Report on horse surra - Volume I
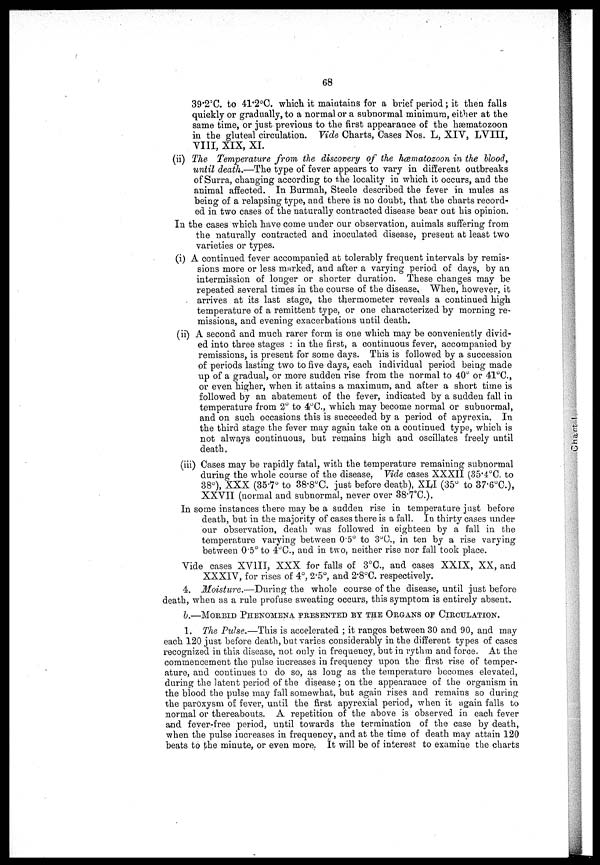
68
39.2°C. to 41.2°C. which it maintains for a brief period ; it then falls
quickly or gradually, to a normal or a subnormal minimum, either at the
same time, or just previous to the first appearance of the hæmatozoon
in the gluteal circulation. Vide Charts, Cases Nos. L, XIV, LVIII,
VIII, XIX, XL.
(ii) The Temperature from the discovery of the hæmatozoon in the blood,
until death.—The type of fever appears to vary in different outbreaks
of Surra, changing according to the locality in which it occurs, and the
animal affected. In Burmah, Steele described the fever in mules as
being of a relapsing type, and there is no doubt, that the charts record-
ed in two cases of the naturally contracted disease bear out his opinion.
In the cases which have come under our observation, animals suffering from
the naturally contracted and inoculated disease, present at least two
varieties or types.
(i) A continued fever accompanied at tolerably frequent intervals by remis-
sions more or less marked, and after a varying period of days, by an
intermission of longer or shorter duration. These changes may be
repeated several times in the course of the disease. When, however, it
arrives at its last stage, the thermometer reveals a continued high
temperature of a remittent type, or one characterised by morning re-
missions, and evening exacerbations until death.
(ii) A second and much rarer form is one which may be conveniently divid-
ed into three stages : in the first, a continuous fever, accompanied by
remissions, is present for some days. This is followed by a succession
of periods lasting two to five days, each individual period being made
up of a gradual, or more sudden rise from the normal to 40° or 41°C.,
or even higher, when it attains a maximum, and after a short time is
followed by an abatement of the fever, indicated by a sudden fall in
temperature from 2° to 4°C., which may become normal or subnormal,
and on such occasions this is succeeded by a period of apyrexia. In
the third stage the fever may again take on a continued type, which is
not always continuous, but remains high and oscillates freely until
death.
(iii) Cases may be rapidly fatal, with the temperature remaining subnormal
during the whole course of the disease, Vide cases XXXII (35.4°C. to
38°), XXX (35.7° to 38.8°C. just before death), XLI (35° to 37.6°C.),
XXVII (normal and subnormal, never over 38.7C.),
In some instances there may be a sudden rise in temperature just before
death, but in the majority of cases there is a fall. In thirty cases under
our observation, death was followed in eighteen by a fall in the
temperature varying between 05° to 3°C., in ten by a rise varying
between 0.5° to 4°C., and in two, neither rise nor fall took place.
Vide cases XVIII, XXX for falls of 3°C., and cases XXIX, XX, and
XXXIV, for rises of 4°, 2.5°, and 2.8°C. respectively.
4. Moisture.—During the whole course of the disease, until just before
death, when as a rule profuse sweating occurs, this symptom is entirely absent.
b.—MORBID PHENOMENA PRESENTED BY. THE ORGANS OP CIRCULATION.
1. The Pulse.—This is accelerated ; it ranges between 30 and 90, and may
each 120 just before death, but varies considerably in the different types of cases
recognized in this disease, not only in frequency, but in rythm and force. At the
commencement the pulse increases in frequency upon the first rise of temper-
ature, and continues to do so, as long as the temperature becomes elevated,
during the latent period of the disease ; on the appearance of the organism in
the blood the pulse may fall somewhat, but again rises and remains so during
the paroxysm of fever, until the first apyrexial period, when it again falls to
normal or thereabouts, A repetition of the above is observed in each fever
and fever-free period, until towards the termination of the case by death,
when the pulse increases in frequency, and at the time of death may attain 120
beats to the minute, or even more. It will be of interest to examine the charts